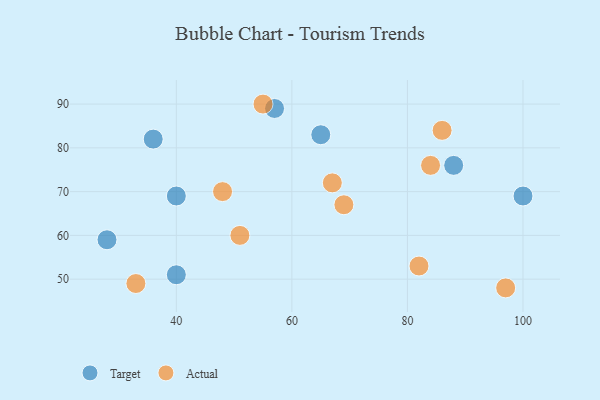
{"axis": {"x": "GDP", "y": "Life Expectancy"}, "legend": ["Actual", "Target"], "data": [{"x": "57", "y": 89, "type": "Target"}, {"x": "36", "y": 82, "type": "Target"}, {"x": "100", "y": 69, "type": "Target"}, {"x": "40", "y": 69, "type": "Target"}, {"x": "65", "y": 83, "type": "Target"}, {"x": "28", "y": 59, "type": "Target"}, {"x": "40", "y": 51, "type": "Target"}, {"x": "88", "y": 76, "type": "Target"}, {"x": "84", "y": 76, "type": "Actual"}, {"x": "33", "y": 49, "type": "Actual"}, {"x": "48", "y": 70, "type": "Actual"}, {"x": "67", "y": 72, "type": "Actual"}, {"x": "51", "y": 60, "type": "Actual"}, {"x": "55", "y": 90, "type": "Actual"}, {"x": "82", "y": 53, "type": "Actual"}, {"x": "97", "y": 48, "type": "Actual"}, {"x": "69", "y": 67, "type": "Actual"}, {"x": "86", "y": 84, "type": "Actual"}]}